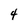
Character: 4